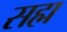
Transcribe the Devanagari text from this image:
सह्म